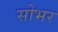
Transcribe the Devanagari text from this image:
सोभर